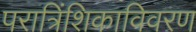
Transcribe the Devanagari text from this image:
परात्रिंशिकाविवरण